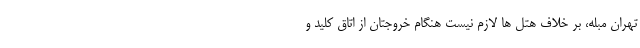
تهران مبله، بر خلاف هتل ها لازم نیست هنگام خروجتان از اتاق کلید و